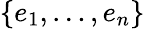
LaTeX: \{ e_{1},\ldots,e_{n}\}